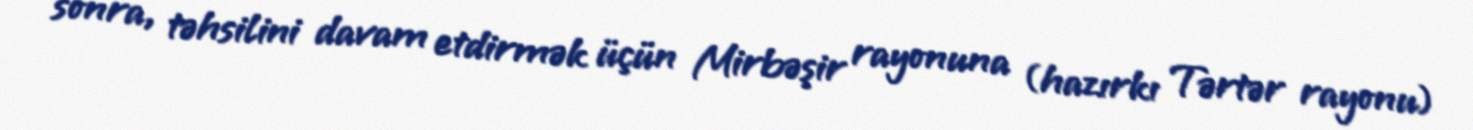
sonra, təhsilini davam etdirmək üçün Mirbəşir rayonuna (hazırkı Tərtər rayonu)